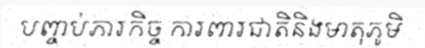
បញ្ចប់ភារកិច្ច ការពារជាតិនិងមាតុភូមិ